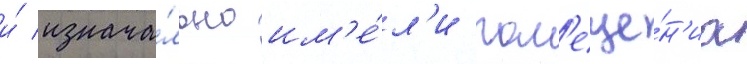
и́ изнача́льно им'е́л'и пом'еще́н'иа